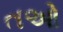
તઓ